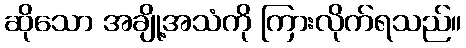
ဆိုသော အချို့အသံကို ကြားလိုက်ရသည်။